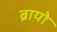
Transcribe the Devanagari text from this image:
ब्रायो